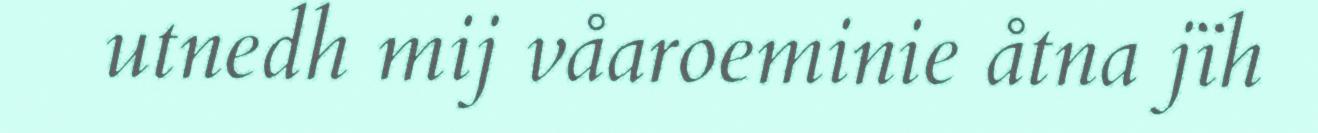
utnedh mij våaroeminie åtna jïh